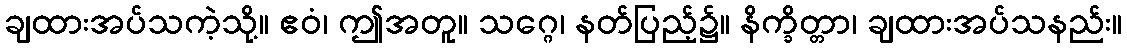
ချထားအပ်သကဲ့သို့။ ဧဝံ၊ ဤအတူ။ သဂ္ဂေ၊ နတ်ပြည့်၌။ နိက္ခိတ္တာ၊ ချထားအပ်သနည်း။